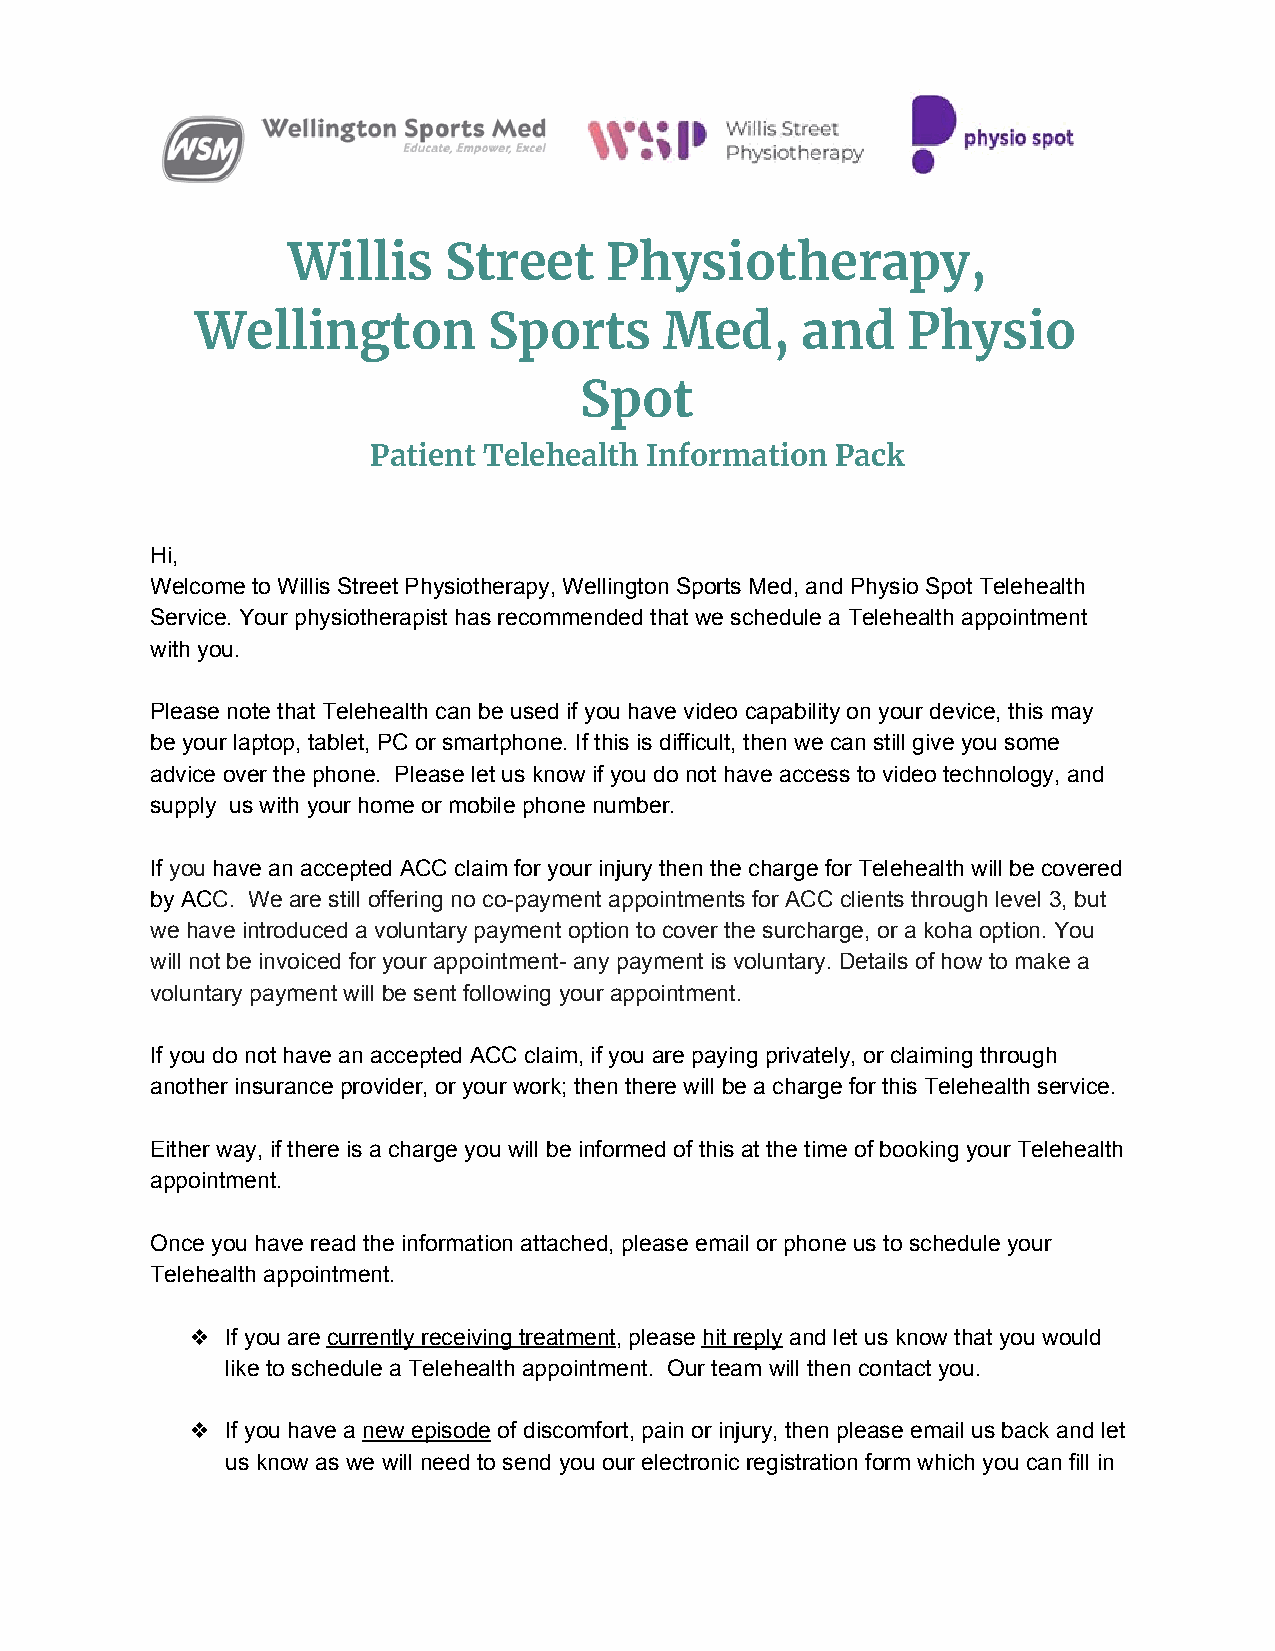
Willis    Street     Physiotherapy,
 Wellington         Sports      Med,     and    Physio
 Spot
 Patient Telehealth Information Pack
 Hi,
 Welcome to Willis Street Physiotherapy, Wellington Sports Med, and Physio Spot Telehealth
 Service. Your physiotherapist has recommended that we schedule a Telehealth appointment
 with you.
 Please note that Telehealth can be used if you have video capability on your device, this may
 be your laptop, tablet, PC or smartphone. If this is difficult, then we can still give you some
 advice over the phone. Please let us know if you do not have access to video technology, and
 supply us with your home or mobile phone number.
 If you have an accepted ACC claim for your injury then the charge for Telehealth will be covered
 ​  ​
 by ACC. We are still offering no co-payment appointments for ACC clients through level 3, but
 ​
 we have introduced a voluntary payment option to cover the surcharge, or a koha option. You
 will not be invoiced for your appointment- any payment is voluntary. Details of how to make a
 voluntary payment will be sent following your appointment.
 If you do not have an accepted ACC claim, if you are paying privately, or claiming through
 another insurance provider, or your work; then there will be a charge for this Telehealth service.
 Either way, if there is a charge you will be informed of this at the time of booking your Telehealth
 appointment.
 Once you have read the information attached, please email or phone us to schedule your
 Telehealth appointment.
 ❖  If you are currently receiving treatment, please hit reply and let us know that you would
 ​                  ​    ​     ​
 like to schedule a Telehealth appointment. Our team will then contact you.
 ❖  If you have a new episode of discomfort, pain or injury, then please email us back and let
 ​        ​
 us know as we will need to send you our electronic registration form which you can fill in